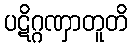
ပဋိဂ္ဂဏှာတူတိ